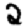
Digit: 2